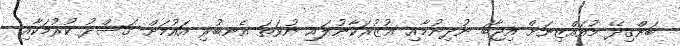
ބަންގިދޭ މުއައްޒިނަށް އިޖާބަ ނުދިނުމާއި ޢުޒުރަކާނުލައި ނުވަތަ އެނބުރި އައުމަށް ގަސްދު ކުރުމަކާއި